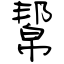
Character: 幚